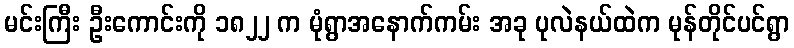
မင်းကြီး ဦးကောင်းကို ၁၈၂၂ က မုံရွာအနောက်ကမ်း အခု ပုလဲနယ်ထဲက မုန်တိုင်ပင်ရွာ